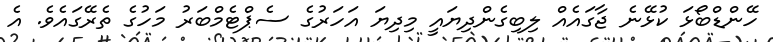
ހޭންޑްބޯޅަ ކުޅޭނެ ޖާގައެއް ލިބިގެންދިޔައީ މިދިޔަ އަހަރުގެ ސެޕްޓެމްބަރު މަހުގެ ތެރޭގައެވެ. އެ